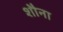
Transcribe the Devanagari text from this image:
शौना